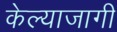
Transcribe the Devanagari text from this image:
केल्याजागी